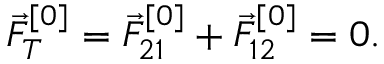
\vec { F } _ { T } ^ { [ 0 ] } = \vec { F } _ { 2 1 } ^ { [ 0 ] } + \vec { F } _ { 1 2 } ^ { [ 0 ] } = 0 .